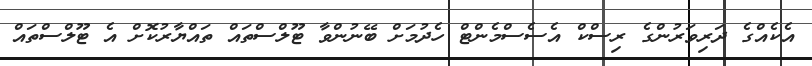
އެކެއްގެ ދަރިވަރުންގެ ރިސްކް އެސެސްމެންޓް ހެދުމަށް ބޭނުންވާ ޓޫލްސްތައް ތައްޔާރުކޮށް އެ ޓޫލްސްތައް